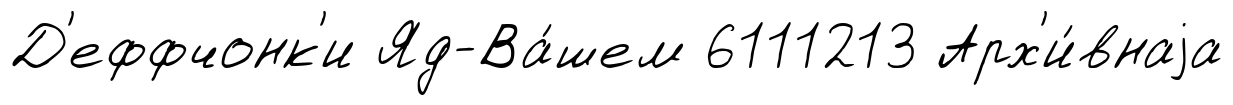
Д'еффчонк'и Яд-Ва́шем 6111213 Арх'и́внаjа